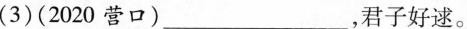
(3)(2020营口)___，君子好逑。